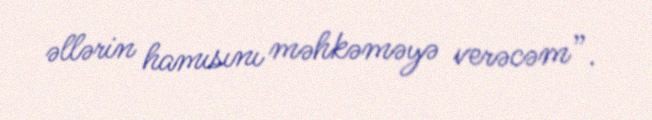
əllərin hamısını məhkəməyə verəcəm”.